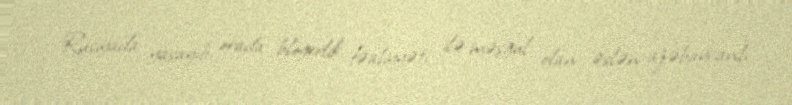
Rusiyada yaşayıb, orada blogerlik fəaliyyəti ilə məşğul olan əslən azəbaycanlı